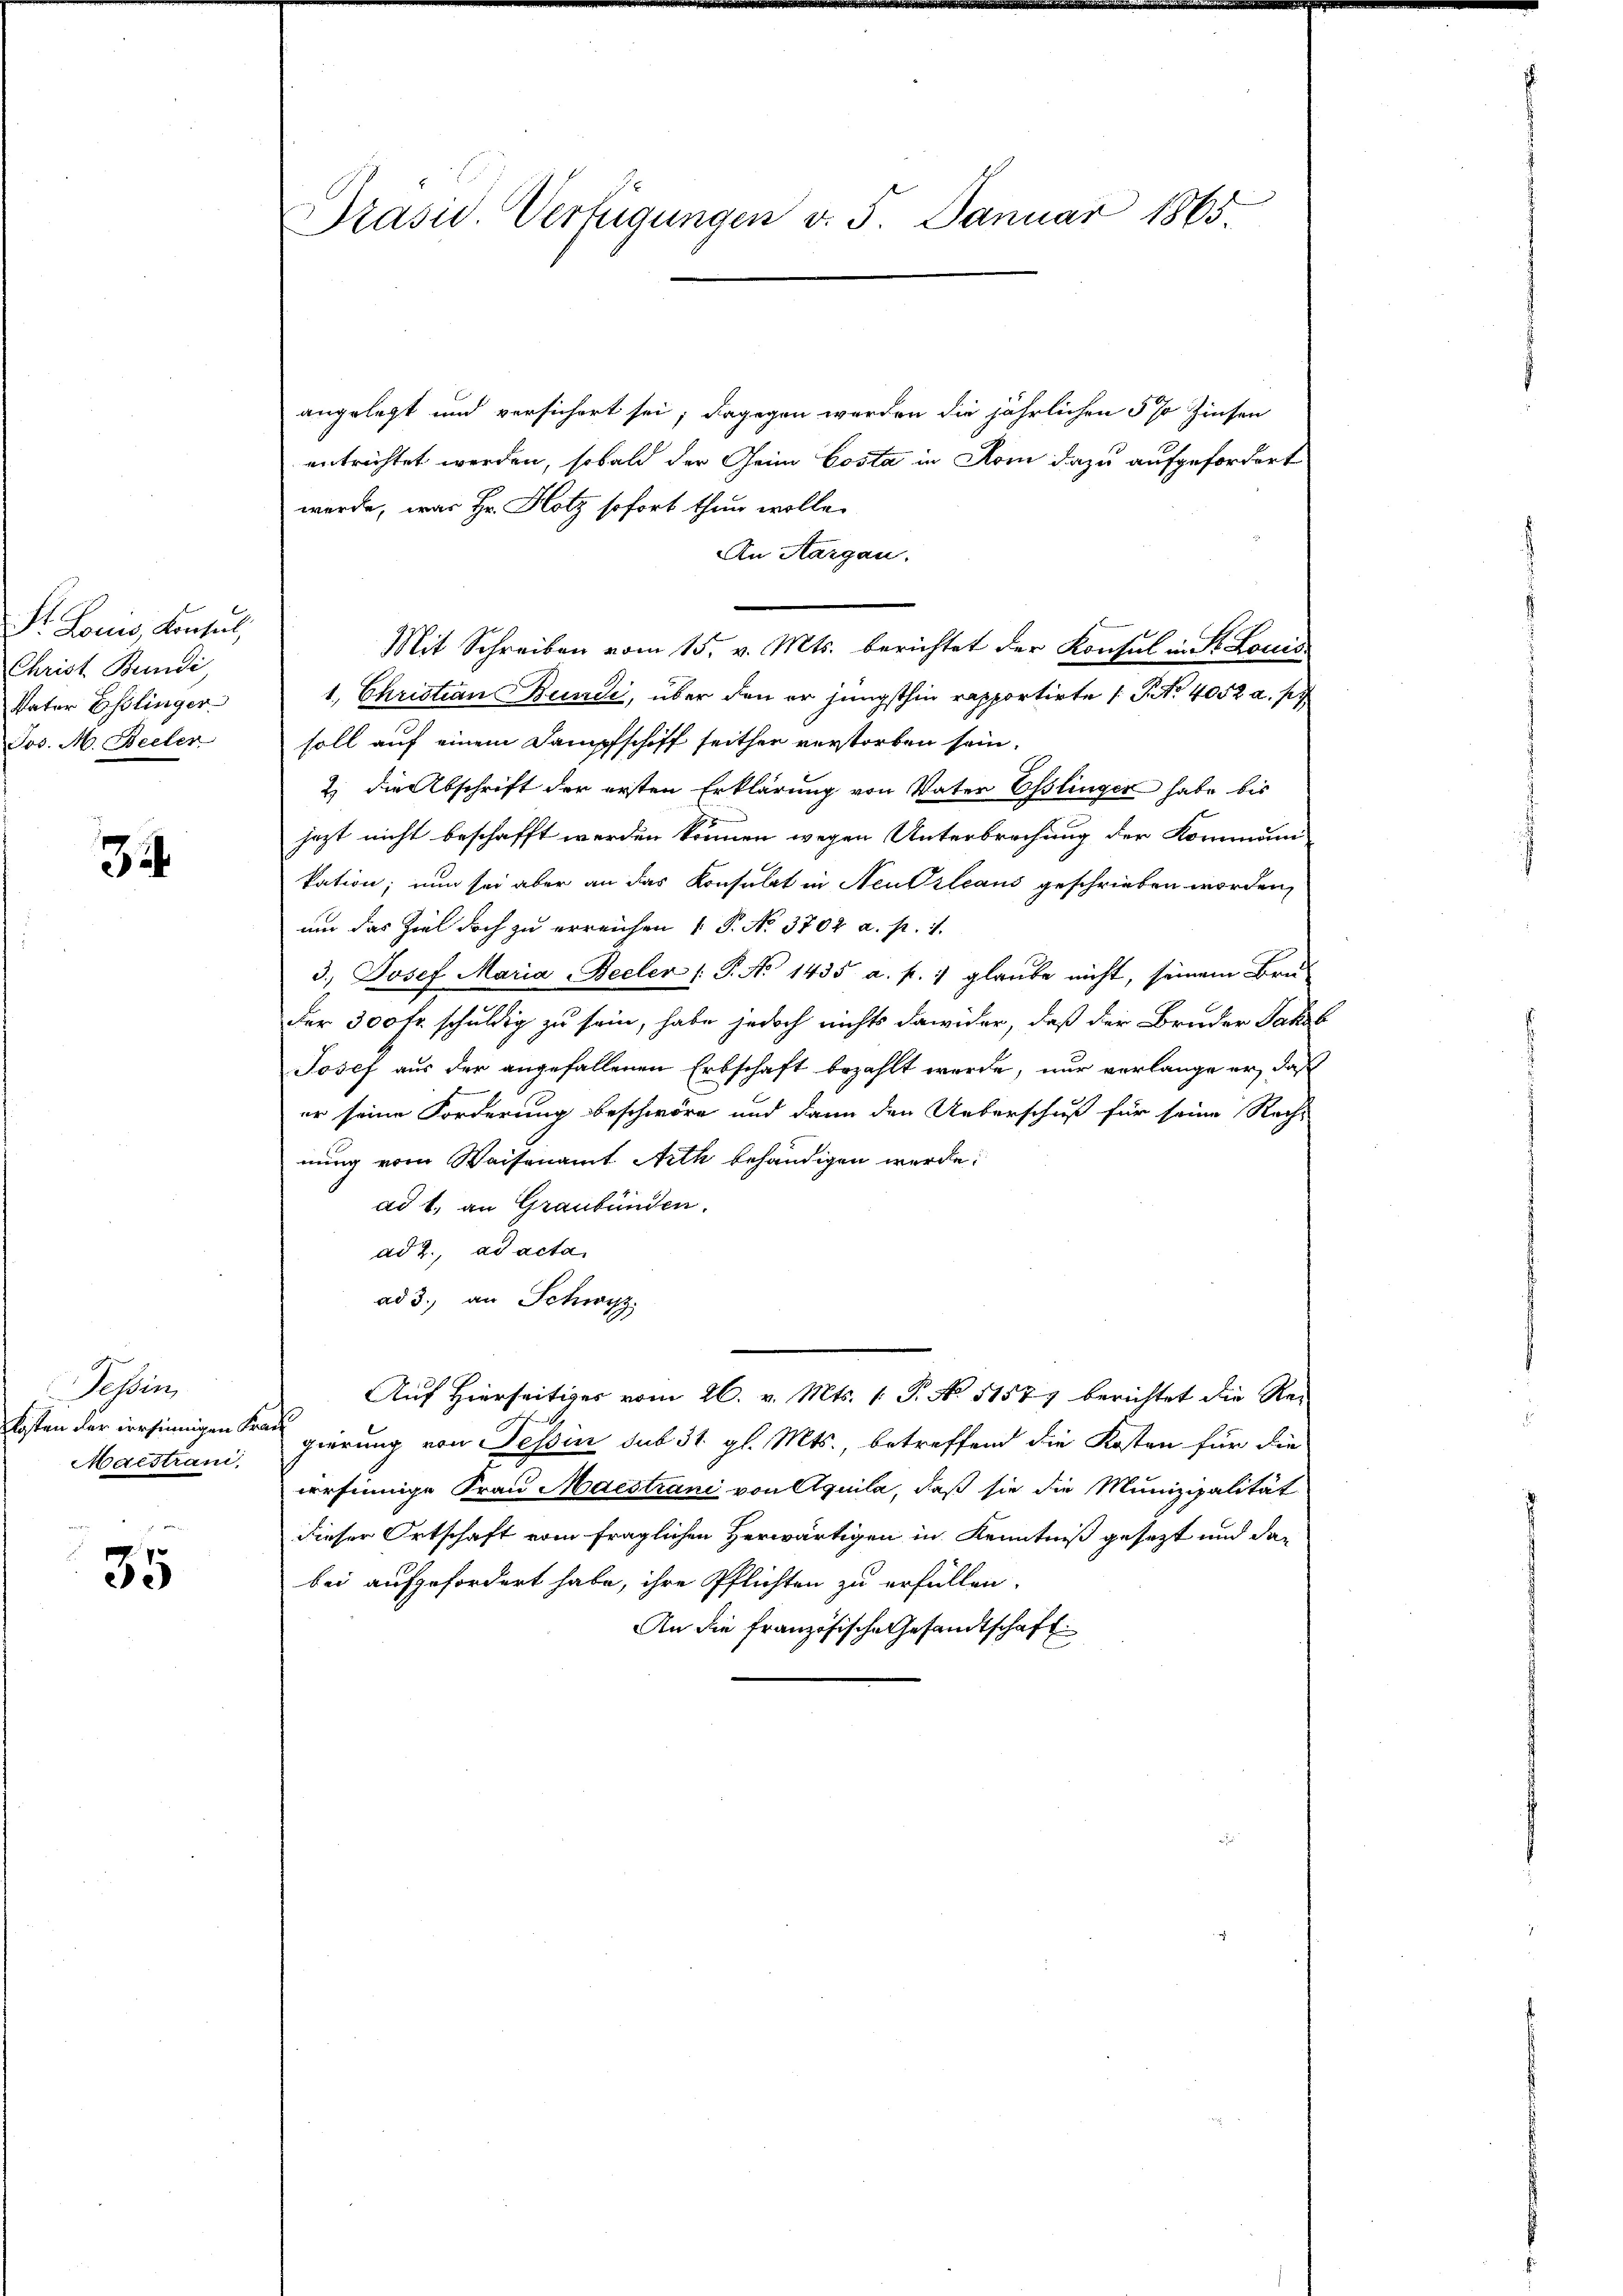
Dr. Louis, Konsul,
Christ Bundi,
Vater Esslinger
Jos. M. Becler

34

Tessin
Maistrani

35

angelegt und versichert sei; dagegen werden die jährlichen 5 % Zinsen
entrichtet werden, sobald der Geim Costa in Rom dazu aufgefordert
werde, was Hr. Hotz sofort thun wolle.
An Aargau.
Mit Schreiben vom 15. v. Mts. berichtet der Konsul in St. Louis
1. Christian Bunde, über den er jüngsthin rapportirte (S. 4052 a. p.
soll auf einem Dampfschiff seither verstorben sein.
2) die Abschrift der ersten Erklärung von Vater Esslinger habe bis
jezt nicht beschafft werden können wegen Unterbrechung der Kommuni
kation; nun sei aber an das Konsulat in Neusleans geschrieben worden,
um das Ziel doch zu erreichen  P. No. 3702 a. p. 1.
3.) Josef Maria Beeler (: P. No 1435 a. p. 1 glaube nicht, seinem Bru-
der 300 fr. schuldig zu sein, habe jedoch nichts dawider, daß der Bruder Jakob
Josef aus der angefallenen Erbschaft bezahlt werde, nur verlange er, daß
er seine Forderung beschwöre und dann den Ueberschuß für seine Rech-
nung vom Waisenamt Arth behändigen werde.
ad 1. an Graubünden.
ad 2., ad acta
ad 3., an Schwyz.
Auf Hierseitiges vom 26. v. Mts. 1. P. N. 11577 berichtet die Rei¬
Kisten der irrsinnigen regierung von Tessin sub 31. gl. Mts., betreffend die Kosten für die
versinnige Frau Maestiani von Aquila, daß sie die Munizipalität
dieser Ortschaft vom fraglichen Herwärtigen in Kenntniß gesezt und das
bei aufgefordert habe, ihre Pflichten zu erfüllen.
An die französische Gesandtschaft

Präsid. Verfügungen v. 5. Januar 1865.